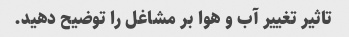
تاثیر تغییر آب و هوا بر مشاغل را توضیح دهید.